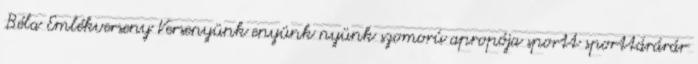
Béla Emlékverseny Versenyünk enyünk nyünk szomorú apropója sportt sporttárárár